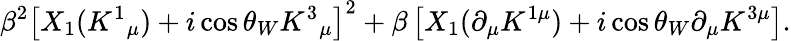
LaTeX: \beta^{2}\left[X_{1}(K^{1}{}_{\mu})+i\cos{\theta_{W}}K^{3}{}_{\mu}\right]^{2}+\beta\left[X_{1}(\partial_{\mu}K^{1\mu})+i\cos{\theta_{W}}\partial_{\mu}K^{3\mu}\right].